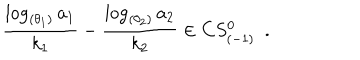
LaTeX: { \frac { \log _ { ( \theta _ { 1 } ) } a _ { 1 } } { k _ { 1 } } } - { \frac { \log _ { ( \theta _ { 2 } ) } a _ { 2 } } { k _ { 2 } } } \in C S _ { ( - 1 ) } ^ { 0 } \, \, \, .